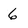
Character: 6